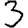
Digit: 3